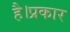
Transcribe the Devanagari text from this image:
है।प्रकार